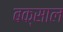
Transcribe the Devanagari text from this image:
बक्साल